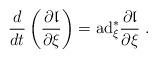
LaTeX: \begin{align*}\frac{d}{dt}\left(\frac{\partial{\mathfrak l}}{\partial \xi}\right)=\hbox{ad}^*_{\xi}\frac{\partial {\mathfrak l}}{\partial \xi}\; .\end{align*}